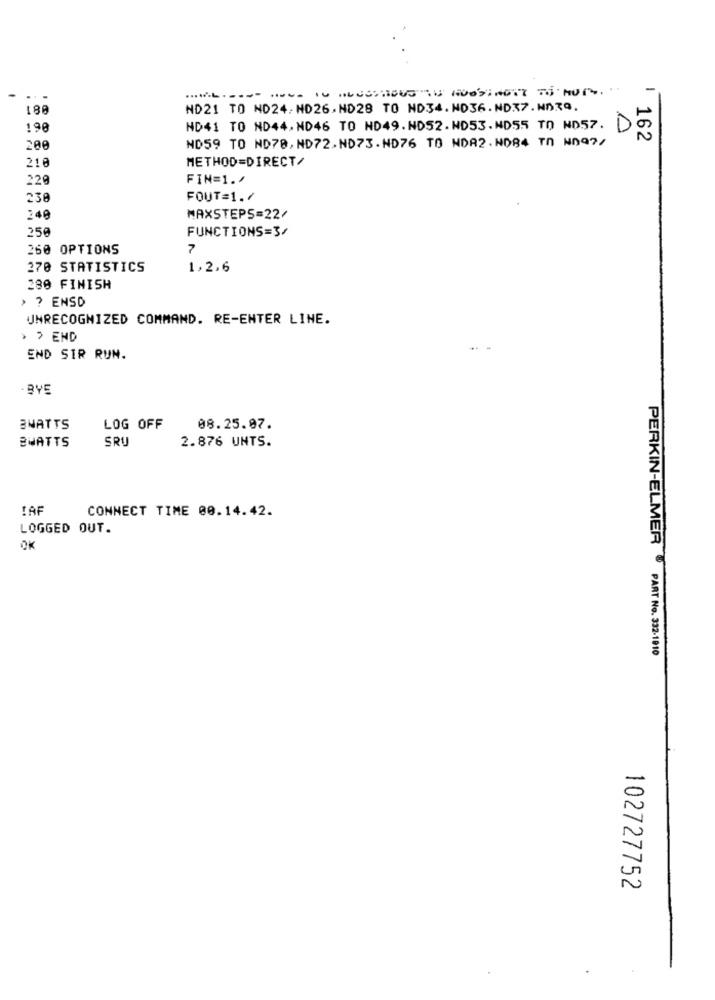
180
ND21 TO ND24.NO26. NO28 TO ND34.ND36. ND37. NA3Q.
190
ND41 TO ND44. ND46 TO ND49. ND52.ND53.ND55 TO ND57.
D
162
200
ND59 TO ND78, ND72.ND73.HD76 TO NDA2. NDB4 TD ND97/
210
METHOD=DIRECT/
220
FIN=1./
230
FOUT=1.7
240
MAXSTEPS=22/
25€
FUNCTIONS=3/
260 OPTIONS
270 STATISTICS
1,2,6
280 FINISH
> ? ENSD
UNRECOGNIZED COMMAND. RE-ENTER LINE.
> > END
-- -
END SIR RUN.
- BYE
BWATTS
LOG OFF
08.25.97.
BWATTS
SRU
2.876 UNTS.
!AF
CONNECT TIME 00.14.42.
LOGGED OUT.
OK
PERKIN-ELMER PART No. 332-1910
102727752